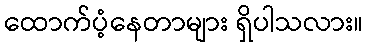
ထောက်ပံ့နေတာများ ရှိပါသလား။